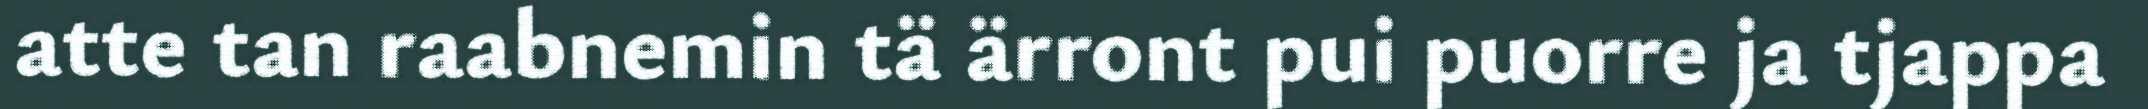
atte tan raabnemin tä ärront pui puorre ja tjappa